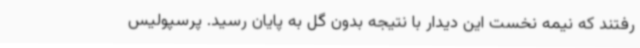
رفتند که نیمه نخست این دیدار با نتیجه بدون گل به پایان رسید. پرسپولیس